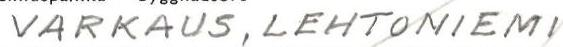
VARKAUS, LEHTONIEMI